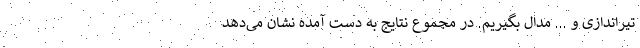
تیراندازی و ... مدال بگیریم. در مجموع نتایج به دست آمده نشان می‌دهد